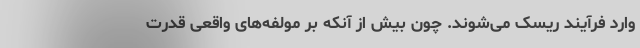
وارد فرآیند ریسک می‌شوند. چون بیش از آنکه بر مولفه‌های واقعی قدرت